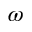
\omega